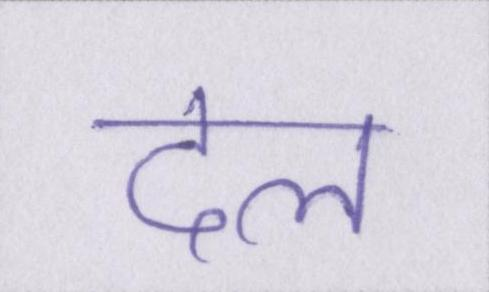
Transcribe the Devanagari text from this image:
दल